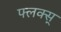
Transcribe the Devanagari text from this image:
फ्लक्स्